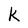
Character: k